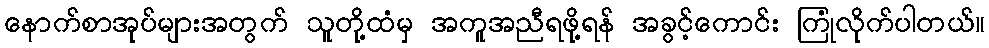
နောက်စာအုပ်များအတွက် သူတို့ထံမှ အကူအညီရဖို့ရန် အခွင့်ကောင်း ကြုံလိုက်ပါတယ်။